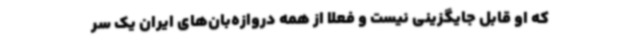
که او قابل جایگزینی نیست و فعلا از همه دروازه‌بان‌های ایران یک سر